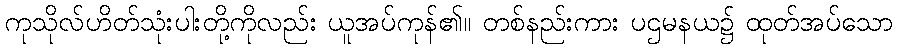
ကုသိုလ်ဟိတ်သုံးပါးတို့ကိုလည်း ယူအပ်ကုန်၏။ တစ်နည်းကား ပဌမနယ၌ ထုတ်အပ်သော